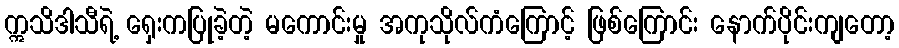
ဣသိဒါသီရဲ့ ရှေးကပြုခဲ့တဲ့ မကောင်းမှု အကုသိုလ်ကံကြောင့် ဖြစ်ကြောင်း နောက်ပိုင်းကျတော့